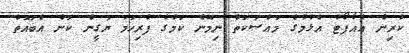
ކުރިން އެއާޕޯޓު އެޅުމުގެ މައްސަކަތް ނިމޭނެ ކަމުގެ ފުރިހަމަ ޔަގީން ކަން އެބައޮތް